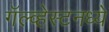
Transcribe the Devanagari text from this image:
गॅल्व्हेस्टनध्ये